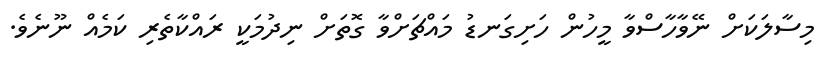
މިސާލަކަށް ނޭވާހާސްވާ މީހުން ހަށިގަނޑު މައްޗަށްވާ ގޮތަށް ނިދުމަކީ ރައްކާތެރި ކަމެއް ނޫނެވެ.